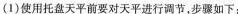
(1)使用托盘天平前要对天平进行调节，步骤如下：